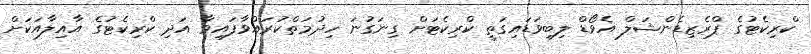
ކްރިކެޓުގެ ޕްރެޒިޑެންޝަލް އެވޯޑް ލިބިވަޑައިގަތީ ކްރިކެޓަށް ގިނަގުނަ ހިދުމަތްކުރައްވާފައިވާ އަދި ކްރިކެޓުގެ އާއިލާއަކަށް